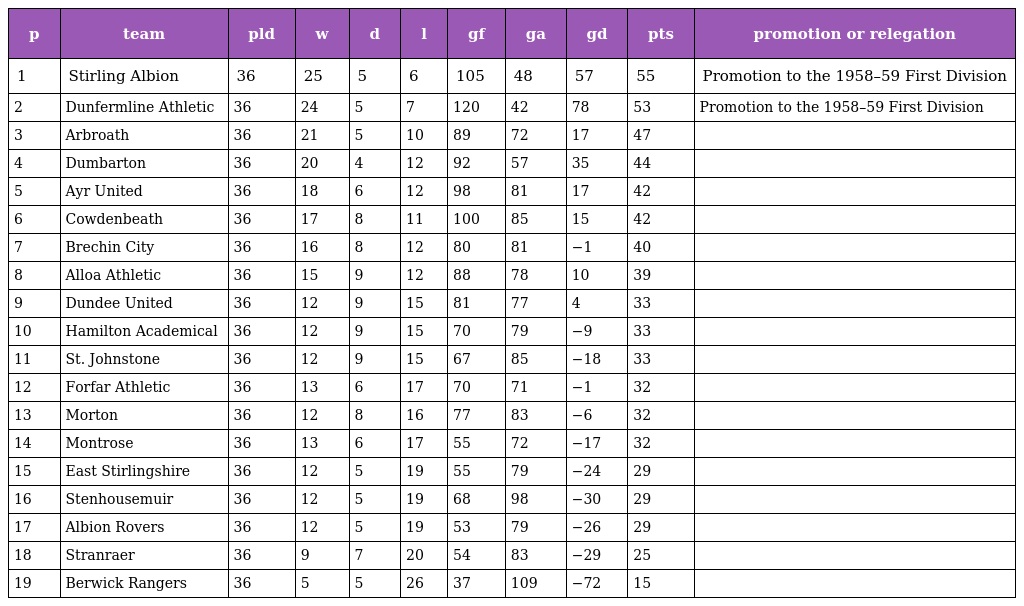
| p | team | pld | w | d | l | gf | ga | gd | pts | promotion or relegation |
 | --- | --- | --- | --- | --- | --- | --- | --- | --- | --- | --- |
 | 1 | Stirling Albion | 36 | 25 | 5 | 6 | 105 | 48 | 57 | 55 | Promotion to the 1958–59 First Division |
 | 2 | Dunfermline Athletic | 36 | 24 | 5 | 7 | 120 | 42 | 78 | 53 | Promotion to the 1958–59 First Division |
 | 3 | Arbroath | 36 | 21 | 5 | 10 | 89 | 72 | 17 | 47 |  |
 | 4 | Dumbarton | 36 | 20 | 4 | 12 | 92 | 57 | 35 | 44 |  |
 | 5 | Ayr United | 36 | 18 | 6 | 12 | 98 | 81 | 17 | 42 |  |
 | 6 | Cowdenbeath | 36 | 17 | 8 | 11 | 100 | 85 | 15 | 42 |  |
 | 7 | Brechin City | 36 | 16 | 8 | 12 | 80 | 81 | −1 | 40 |  |
 | 8 | Alloa Athletic | 36 | 15 | 9 | 12 | 88 | 78 | 10 | 39 |  |
 | 9 | Dundee United | 36 | 12 | 9 | 15 | 81 | 77 | 4 | 33 |  |
 | 10 | Hamilton Academical | 36 | 12 | 9 | 15 | 70 | 79 | −9 | 33 |  |
 | 11 | St. Johnstone | 36 | 12 | 9 | 15 | 67 | 85 | −18 | 33 |  |
 | 12 | Forfar Athletic | 36 | 13 | 6 | 17 | 70 | 71 | −1 | 32 |  |
 | 13 | Morton | 36 | 12 | 8 | 16 | 77 | 83 | −6 | 32 |  |
 | 14 | Montrose | 36 | 13 | 6 | 17 | 55 | 72 | −17 | 32 |  |
 | 15 | East Stirlingshire | 36 | 12 | 5 | 19 | 55 | 79 | −24 | 29 |  |
 | 16 | Stenhousemuir | 36 | 12 | 5 | 19 | 68 | 98 | −30 | 29 |  |
 | 17 | Albion Rovers | 36 | 12 | 5 | 19 | 53 | 79 | −26 | 29 |  |
 | 18 | Stranraer | 36 | 9 | 7 | 20 | 54 | 83 | −29 | 25 |  |
 | 19 | Berwick Rangers | 36 | 5 | 5 | 26 | 37 | 109 | −72 | 15 |  |